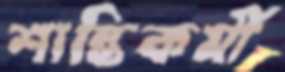
শান্তিকর্মী